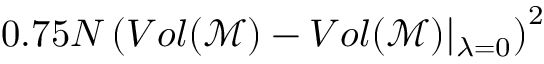
0 . 7 5 N \left( V o l ( \mathcal { M } ) - V o l ( \mathcal { M } ) \vert _ { \lambda = 0 } \right) ^ { 2 }